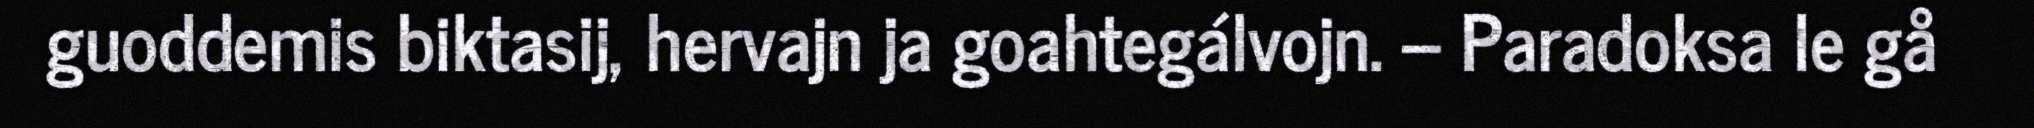
guoddemis biktasij, hervajn ja goahtegálvojn. – Paradoksa le gå